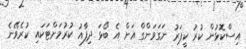
އިސްކޮޅުން ކުރު ކީޕަރު ނަގަވަންގް އަށް އެ ބޯޅަ ދިފާއު ކުރުމަށްޓަކައި ކުރެވޭނެ